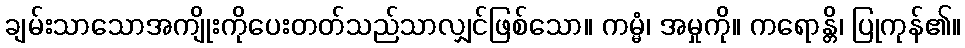
ချမ်းသာသောအကျိုးကိုပေးတတ်သည်သာလျှင်ဖြစ်သော။ ကမ္မံ၊ အမှုကို။ ကရောန္တိ၊ ပြုကုန်၏။